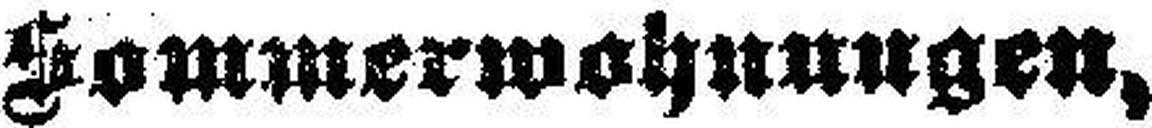
Sommerwohnungen,